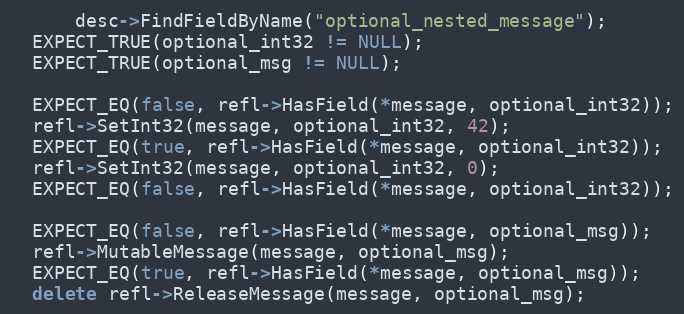
Language: C++
      desc->FindFieldByName("optional_nested_message");
  EXPECT_TRUE(optional_int32 != NULL);
  EXPECT_TRUE(optional_msg != NULL);

  EXPECT_EQ(false, refl->HasField(*message, optional_int32));
  refl->SetInt32(message, optional_int32, 42);
  EXPECT_EQ(true, refl->HasField(*message, optional_int32));
  refl->SetInt32(message, optional_int32, 0);
  EXPECT_EQ(false, refl->HasField(*message, optional_int32));

  EXPECT_EQ(false, refl->HasField(*message, optional_msg));
  refl->MutableMessage(message, optional_msg);
  EXPECT_EQ(true, refl->HasField(*message, optional_msg));
  delete refl->ReleaseMessage(message, optional_msg);